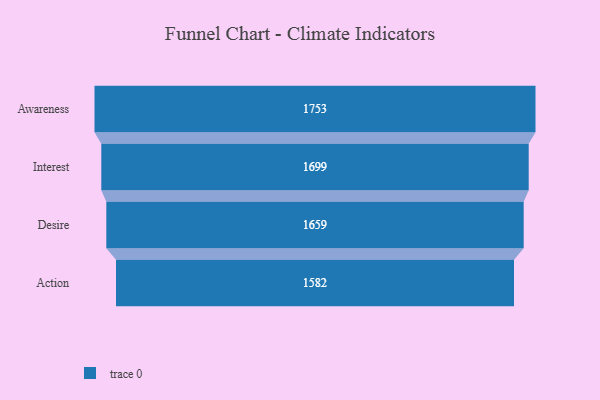
{"axis": {"x": "Stage", "y": "Value"}, "legend": [""], "data": [{"x": "Awareness", "y": 1753.0, "type": ""}, {"x": "Interest", "y": 1699.0, "type": ""}, {"x": "Desire", "y": 1659.0, "type": ""}, {"x": "Action", "y": 1582.0, "type": ""}]}